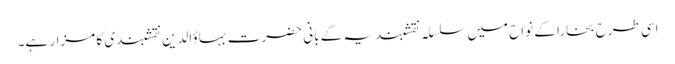
اسی طرح بخارا کے نواح میں سلسلہ نقشبندیہ کے بانی حضرت بہاؤالدین نقشبندی کا مزار ہے۔